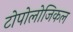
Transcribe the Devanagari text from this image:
टोपोलोजिकल